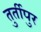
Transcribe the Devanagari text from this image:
तुर्तीपुर